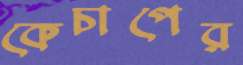
কেচাপের